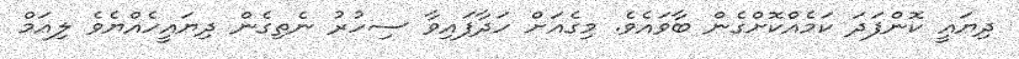
ދިޔައީ ކޮންފަދަ ކަމެއްކޮށްގެން ބާވައެވެ. މިގެއަށް ހަދާފައިވާ ސިހުރު ނެތިގެން ދިޔައީހެއްޔެވެ ލިއަމް